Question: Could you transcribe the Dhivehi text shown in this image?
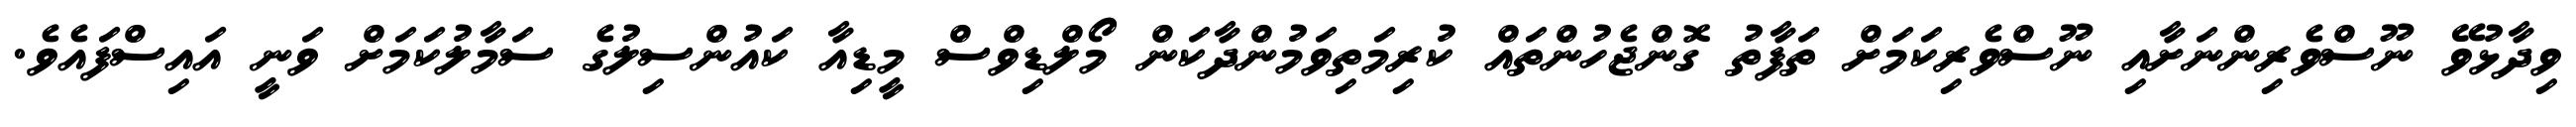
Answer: ވިދާޅުވޭ ނޫސްވެރިންނަށާއި ނޫސްވެރިކަމަށް ތަފާތު ގޮންޖެހުންތައް ކުރިމަތިވަމުންދާކަން މޯލްޑިވްސް މީޑިއާ ކައުންސިލުގެ ސަމާލުކަމަށް ވަނީ އައިސްފައެވެ.